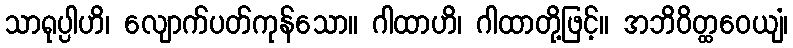
သာရုပ္ပါဟိ၊ လျောက်ပတ်ကုန်သော။ ဂါထာဟိ၊ ဂါထာတို့ဖြင့်။ အဘိဝိတ္ထဝေယျံ၊